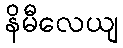
နိမီလေယျ